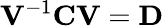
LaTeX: \mathbf{V}^{-1}\mathbf{C}\mathbf{V}=\mathbf{D}